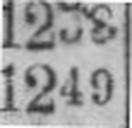
1249